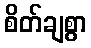
စိတ်ချစွာ